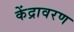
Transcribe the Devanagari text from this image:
केंद्रावरण